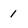
Character: 1